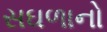
સઘળાનો